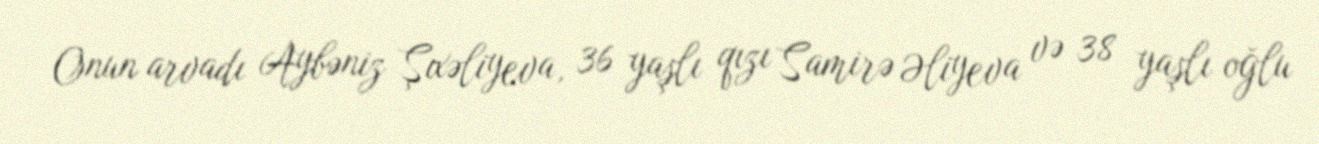
Onun arvadı Aybəniz Şıxəliyeva, 36 yaşlı qızı Samirə Əliyeva və 38 yaşlı oğlu